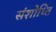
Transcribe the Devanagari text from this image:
संशोध्ति